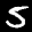
Label: 5